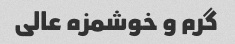
گرم و خوشمزه عالی